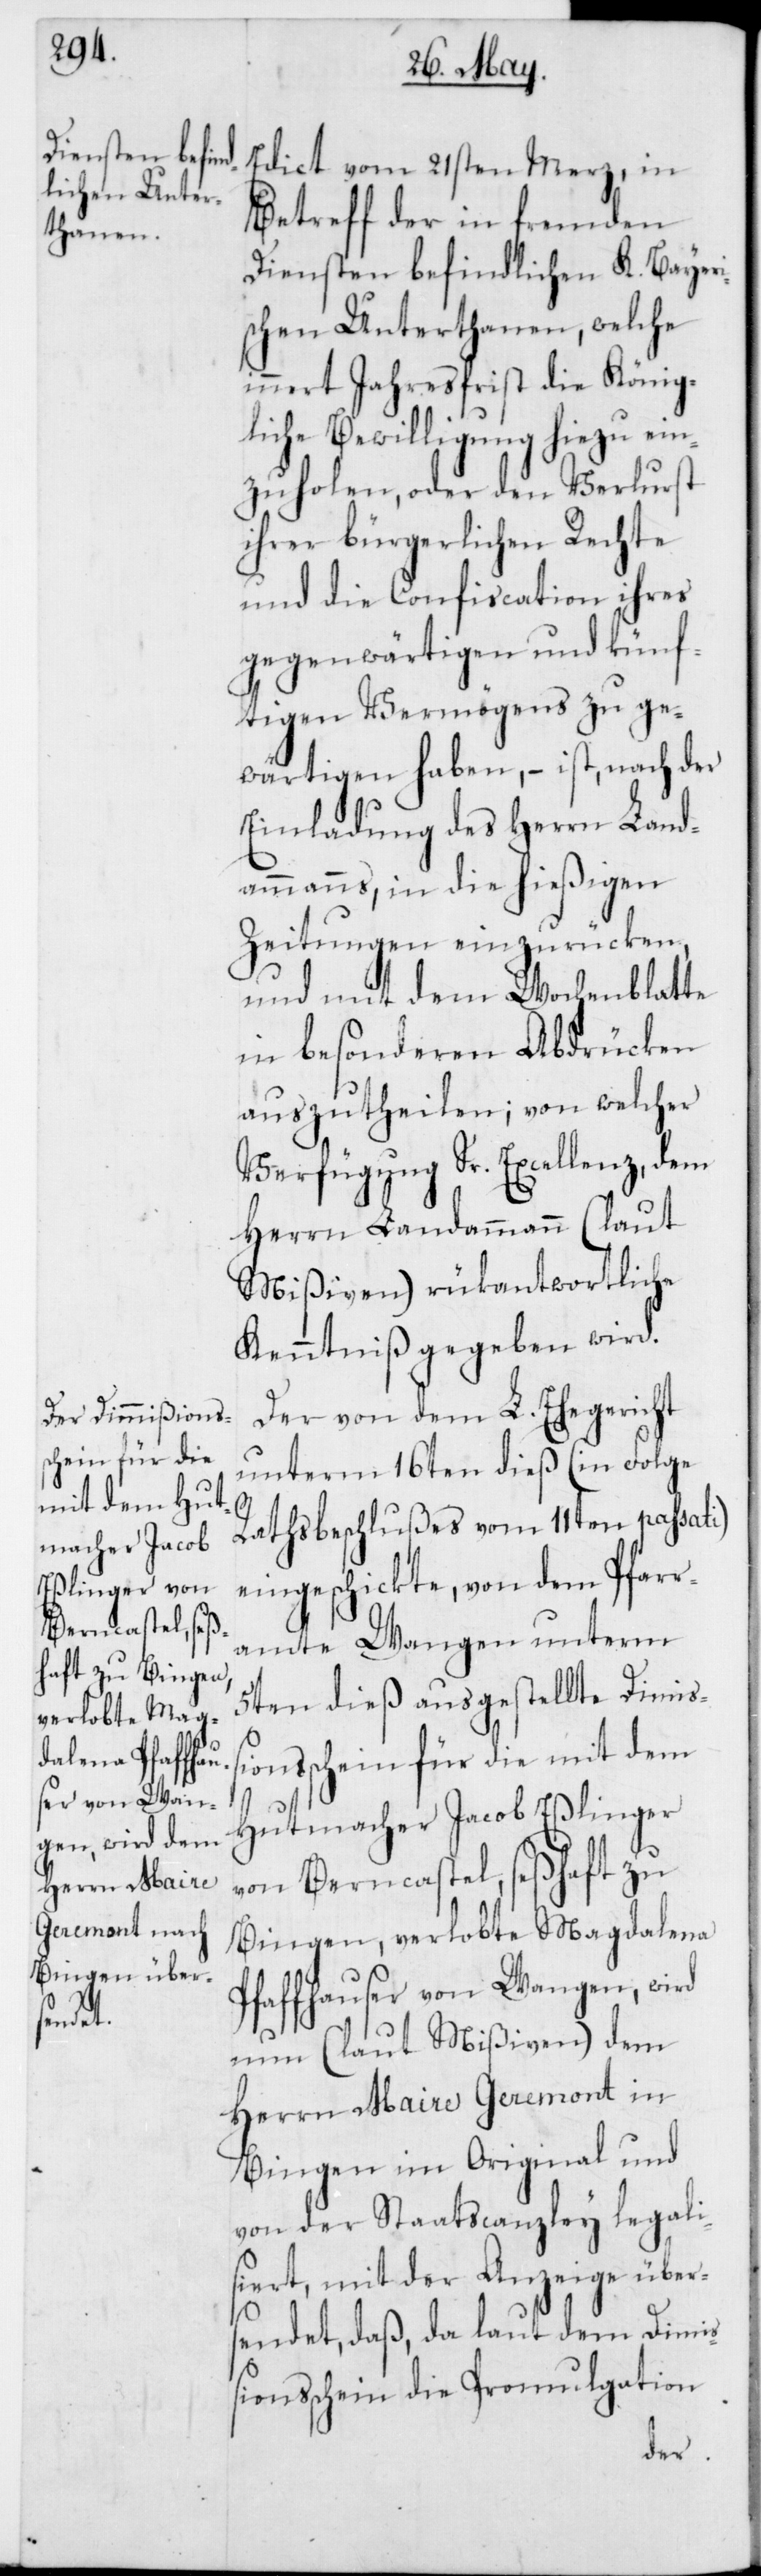
Edict vom 21sten Merz, in
Betrefff der in fremden
Diensten befindlichen K. Bayeri¬
schen Unterthanen, welche
innert Jahresfrist die König¬
liche Bewilligung hiezu ein¬
zuholen, oder den Verlust
ihrer bürgerlichen Rechte
und die Confiscation ihres
gegenwärtigen und künf¬
tigen Vermögens zu ge¬
wärtigen haben, – ist, nach der
Einladung des Herrn Land¬
ammanns, in die hießigen
Zeitungen einzurücken,
und mit dem Wochenblatte
in besonderen Abdrücken
auszutheilen; von welcher
Verfügung Sr. Excellenz, dem
Herrn Landammann (laut
Mißiven) rükantwortliche
Kenntniß gegeben wird.
Der von dem L. Ehegericht
unterm 16ten dieß (in Folge
Rathsbeschlußes vom 11ten passati)
eingeschickte, von dem Pfarr¬
amte Wangen unterm
5ten dieß ausgestellte Dimißi¬
onsschein für die mit dem
Hutmacher Jacob Eßlinger
von Berncastel, seßhaft zu
Bingen, verlobte Magdalena
Pfaffhauser von Wangen, wird
nun (laut Mißiven) dem
Herrn Maire Geremont in
Bingen im Original und
von der Staatscanzley legali¬
siert, mit der Anzeige über¬
sendet, daß, da laut dem Dimi¬
ßionsschein die Promulgation